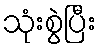
သုံးစွဲပြီး